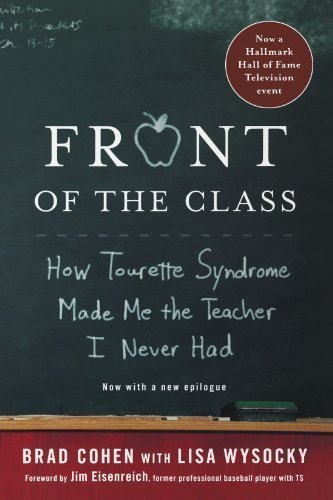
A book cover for Front of the Class: How Tourette Syndrome Made Me the Teacher I Never Had unknown Edition by Cohen, Brad, Wysocky, Lisa (2008); Health, Fitness & Dieting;